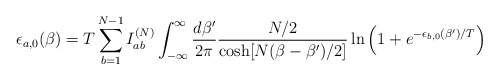
\begin{align*}\epsilon_{a,0}(\beta) = T \sum_{b=1}^{N-1} I_{ab}^{(N)} \int_{-\infty}^\infty\frac{d\beta'}{2\pi}\frac{N/2}{\cosh[N(\beta-\beta')/2]}\ln\left(1+e^{-\epsilon_{b,0}(\beta')/T}\right)\end{align*}